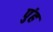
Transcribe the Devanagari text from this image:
पुंह